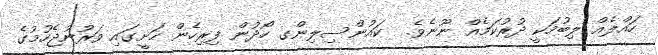
ހައްލެއް ލިބުމަކީ ދުރުކަމެއް ނޫނެވެ.  ކައުންސިލިންގ ހޯދުން ފިރިހެން ހަށީގައި ވަރުނުޖެހުމުގެ